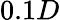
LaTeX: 0.1D